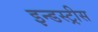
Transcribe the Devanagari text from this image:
इन्डस्ट्रीस